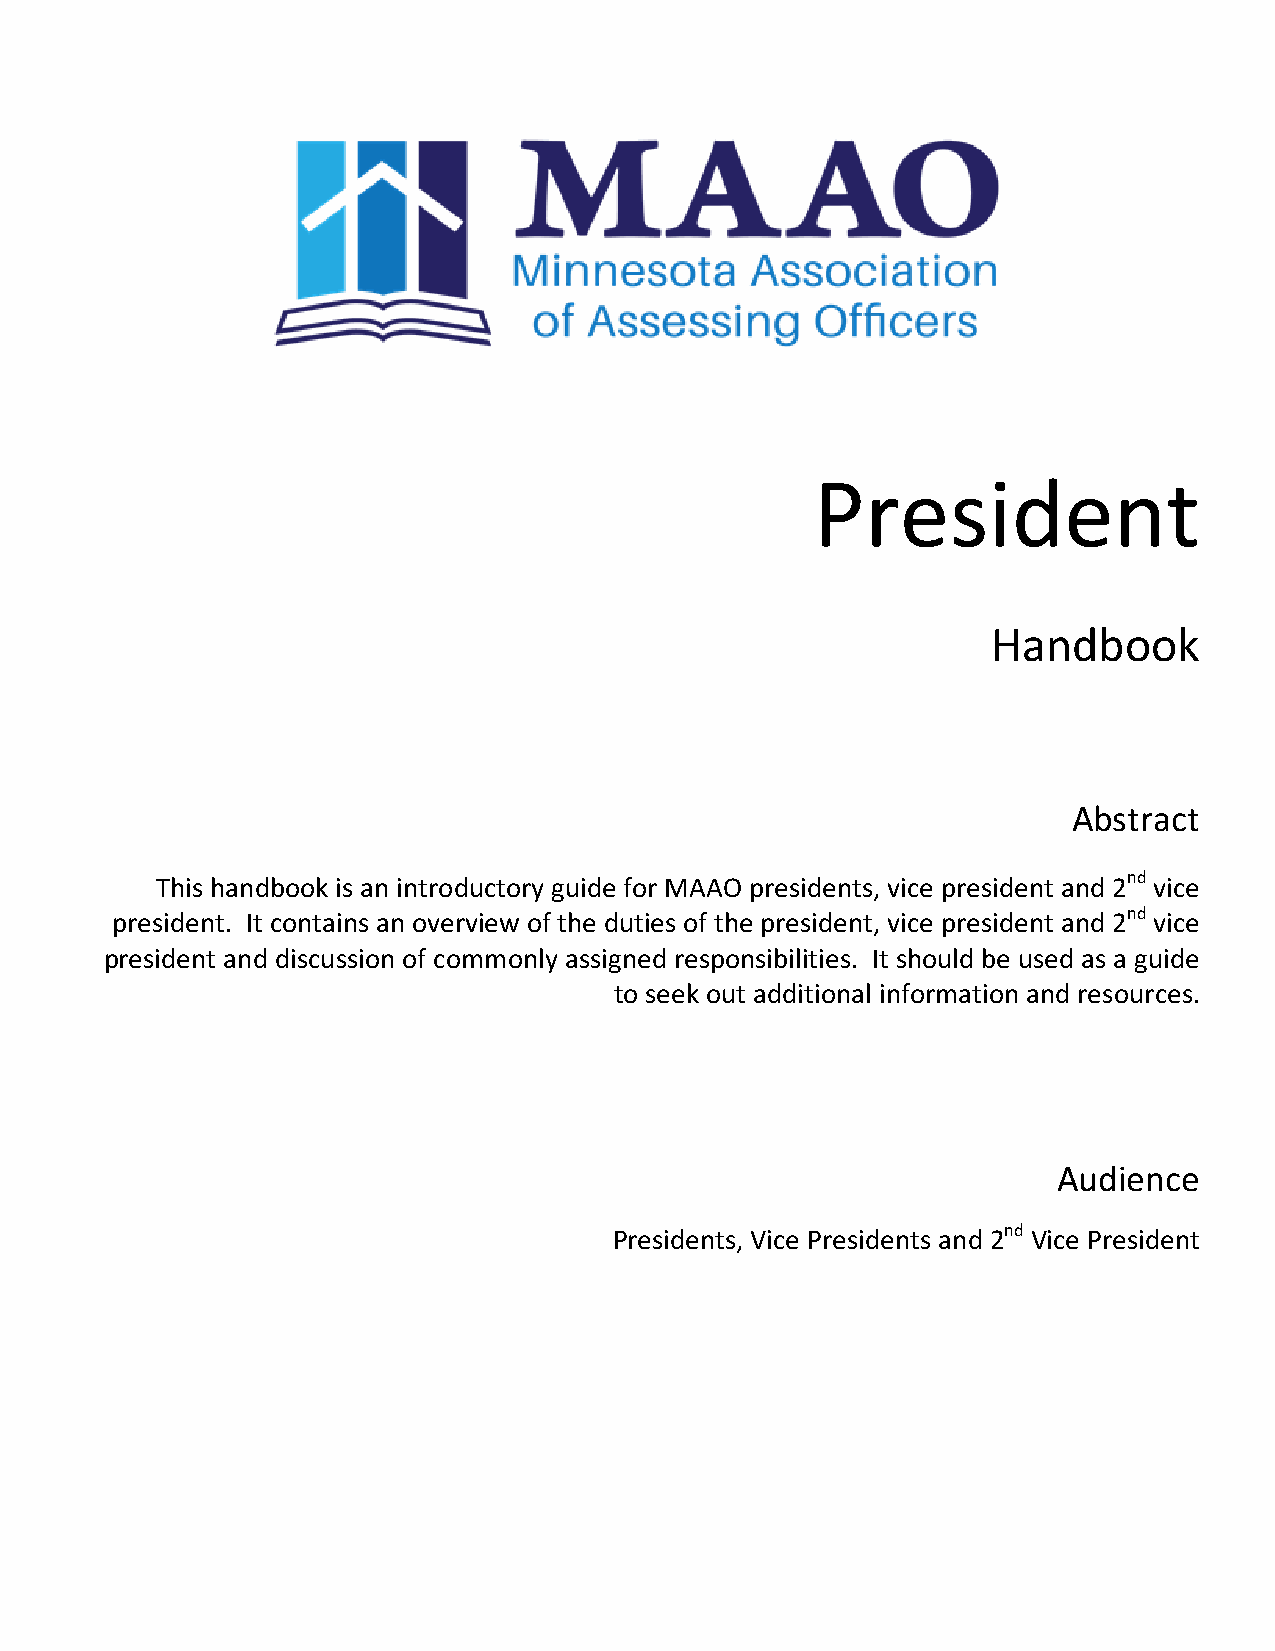
President
 Handbook
 Abstract
 This handbook is an introductory guide for MAAO presidents, vice president and 2nd vice
 president. It contains an overview of the duties of the president, vice president and 2nd vice
 president and discussion of commonly assigned responsibilities. It should be used as a guide
 to seek out additional information and resources.
 Audience
 Presidents, Vice Presidents and 2nd Vice President